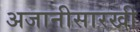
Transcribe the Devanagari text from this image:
अजानीसारखी